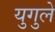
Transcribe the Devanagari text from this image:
युगुले